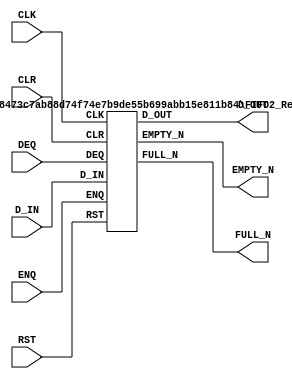

// Copyright (c) 2000-2012 Bluespec, Inc.

// Permission is hereby granted, free of charge, to any person obtaining a copy
// of this software and associated documentation files (the "Software"), to deal
// in the Software without restriction, including without limitation the rights
// to use, copy, modify, merge, publish, distribute, sublicense, and/or sell
// copies of the Software, and to permit persons to whom the Software is
// furnished to do so, subject to the following conditions:

// The above copyright notice and this permission notice shall be included in
// all copies or substantial portions of the Software.

// THE SOFTWARE IS PROVIDED "AS IS", WITHOUT WARRANTY OF ANY KIND, EXPRESS OR
// IMPLIED, INCLUDING BUT NOT LIMITED TO THE WARRANTIES OF MERCHANTABILITY,
// FITNESS FOR A PARTICULAR PURPOSE AND NONINFRINGEMENT. IN NO EVENT SHALL THE
// AUTHORS OR COPYRIGHT HOLDERS BE LIABLE FOR ANY CLAIM, DAMAGES OR OTHER
// LIABILITY, WHETHER IN AN ACTION OF CONTRACT, TORT OR OTHERWISE, ARISING FROM,
// OUT OF OR IN CONNECTION WITH THE SOFTWARE OR THE USE OR OTHER DEALINGS IN
// THE SOFTWARE.
//
// $Revision: 29755 $
// $Date: 2012-10-22 13:58:12 +0000 (Mon, 22 Oct 2012) $

`ifdef BSV_ASSIGNMENT_DELAY
`else
  `define BSV_ASSIGNMENT_DELAY
`endif

`ifdef BSV_POSITIVE_RESET
  `define BSV_RESET_VALUE 1'b1
  `define BSV_RESET_EDGE posedge
`else
  `define BSV_RESET_VALUE 1'b0
  `define BSV_RESET_EDGE negedge
`endif

`ifdef BSV_ASYNC_RESET
 `define BSV_ARESET_EDGE_META or `BSV_RESET_EDGE RST
`else
 `define BSV_ARESET_EDGE_META
`endif

`ifdef BSV_RESET_FIFO_HEAD
 `define BSV_ARESET_EDGE_HEAD `BSV_ARESET_EDGE_META
`else
 `define BSV_ARESET_EDGE_HEAD
`endif

// Depth 2 FIFO
module FIFO2(CLK,
             RST,
             D_IN,
             ENQ,
             FULL_N,
             D_OUT,
             DEQ,
             EMPTY_N,
             CLR);

   parameter width = 1;
   parameter guarded = 1;

   input     CLK ;
   input     RST ;
   input [width - 1 : 0] D_IN;
   input                 ENQ;
   input                 DEQ;
   input                 CLR ;

   output                FULL_N;
   output                EMPTY_N;
   output [width - 1 : 0] D_OUT;

   //
   // Pick the storage mechanism based on the FIFO's size.
   //
   generate
     if (width < 64)
       begin
          FIFO2_Reg#(.width(width), .guarded(guarded))
            fifo_reg(.CLK(CLK),
                     .RST(RST),
                     .D_IN(D_IN),
                     .ENQ(ENQ),
                     .FULL_N(FULL_N),
                     .D_OUT(D_OUT),
                     .DEQ(DEQ),
                     .EMPTY_N(EMPTY_N),
                     .CLR(CLR));
       end
     else
       begin
          FIFO2_LUTRAM#(.width(width), .guarded(guarded))
            fifo_lut(.CLK(CLK),
                     .RST(RST),
                     .D_IN(D_IN),
                     .ENQ(ENQ),
                     .FULL_N(FULL_N),
                     .D_OUT(D_OUT),
                     .DEQ(DEQ),
                     .EMPTY_N(EMPTY_N),
                     .CLR(CLR));
       end
   endgenerate

endmodule


//
// The original FIFO2 code using registers and a MUX.
//
module FIFO2_Reg(CLK,
                 RST,
                 D_IN,
                 ENQ,
                 FULL_N,
                 D_OUT,
                 DEQ,
                 EMPTY_N,
                 CLR);

   parameter width = 1;
   parameter guarded = 1;

   input     CLK ;
   input     RST ;
   input [width - 1 : 0] D_IN;
   input                 ENQ;
   input                 DEQ;
   input                 CLR ;

   output                FULL_N;
   output                EMPTY_N;
   output [width - 1 : 0] D_OUT;

   reg                    full_reg;
   reg                    empty_reg;
   reg [width - 1 : 0]    data0_reg;
   reg [width - 1 : 0]    data1_reg;

   assign                 FULL_N = full_reg ;
   assign                 EMPTY_N = empty_reg ;
   assign                 D_OUT = data0_reg ;


   // Optimize the loading logic since state encoding is not power of 2!
   wire                   d0di = (ENQ && ! empty_reg ) || ( ENQ && DEQ && full_reg ) ;
   wire                   d0d1 = DEQ && ! full_reg ;
   wire                   d0h = ((! DEQ) && (! ENQ )) || (!DEQ && empty_reg ) || ( ! ENQ &&full_reg) ;
   wire                   d1di = ENQ & empty_reg ;

`ifdef BSV_NO_INITIAL_BLOCKS
`else // not BSV_NO_INITIAL_BLOCKS
   // synopsys translate_off
   initial
     begin
        data0_reg   = {((width + 1)/2) {2'b10}} ;
        data1_reg  = {((width + 1)/2) {2'b10}} ;
        empty_reg = 1'b0;
        full_reg  = 1'b1;
     end // initial begin
   // synopsys translate_on
`endif // BSV_NO_INITIAL_BLOCKS

   always@(posedge CLK `BSV_ARESET_EDGE_META)
     begin
        if (RST == `BSV_RESET_VALUE)
          begin
             empty_reg <= `BSV_ASSIGNMENT_DELAY 1'b0;
             full_reg  <= `BSV_ASSIGNMENT_DELAY 1'b1;
          end // if (RST == `BSV_RESET_VALUE)
        else
          begin
             if (CLR)
               begin
                  empty_reg <= `BSV_ASSIGNMENT_DELAY 1'b0;
                  full_reg  <= `BSV_ASSIGNMENT_DELAY 1'b1;
               end // if (CLR)
             else if ( ENQ && ! DEQ ) // just enq
               begin
                  empty_reg <= `BSV_ASSIGNMENT_DELAY 1'b1;
                  full_reg <= `BSV_ASSIGNMENT_DELAY ! empty_reg ;
               end
             else if ( DEQ && ! ENQ )
               begin
                  full_reg  <= `BSV_ASSIGNMENT_DELAY 1'b1;
                  empty_reg <= `BSV_ASSIGNMENT_DELAY ! full_reg;
               end // if ( DEQ && ! ENQ )
          end // else: !if(RST == `BSV_RESET_VALUE)

     end // always@ (posedge CLK or `BSV_RESET_EDGE RST)


   always@(posedge CLK `BSV_ARESET_EDGE_HEAD)
     begin
`ifdef BSV_RESET_FIFO_HEAD
        if (RST == `BSV_RESET_VALUE)
          begin
             data0_reg <= `BSV_ASSIGNMENT_DELAY {width {1'b0}} ;
             data1_reg <= `BSV_ASSIGNMENT_DELAY {width {1'b0}} ;
          end
        else
`endif
          begin
             data0_reg  <= `BSV_ASSIGNMENT_DELAY
                           {width{d0di}} & D_IN | {width{d0d1}} & data1_reg | {width{d0h}} & data0_reg ;
             data1_reg <= `BSV_ASSIGNMENT_DELAY
                          d1di ? D_IN : data1_reg ;
          end // else: !if(RST == `BSV_RESET_VALUE)
     end // always@ (posedge CLK or `BSV_RESET_EDGE RST)



   // synopsys translate_off
   always@(posedge CLK)
     begin: error_checks
        reg deqerror, enqerror ;

        deqerror =  0;
        enqerror = 0;
        if (RST == ! `BSV_RESET_VALUE)
          begin
             if ( ! empty_reg && DEQ )
               begin
                  deqerror =  1;
                  $display( "Warning: FIFO2: %m -- Dequeuing from empty fifo" ) ;
               end
             if ( ! full_reg && ENQ && (!DEQ || guarded) )
               begin
                  enqerror = 1;
                  $display( "Warning: FIFO2: %m -- Enqueuing to a full fifo" ) ;
               end
          end
     end // always@ (posedge CLK)
   // synopsys translate_on

endmodule


//
// FIFO2 implementation using LUTRAM for storage.
//
module FIFO2_LUTRAM(CLK,
                    RST,
                    D_IN,
                    ENQ,
                    FULL_N,
                    D_OUT,
                    DEQ,
                    EMPTY_N,
                    CLR);

   parameter width = 1;
   parameter guarded = 1;

   input     CLK ;
   input     RST ;
   input [width - 1 : 0] D_IN;
   input                 ENQ;
   input                 DEQ;
   input                 CLR ;

   output                FULL_N;
   output                EMPTY_N;
   output [width - 1 : 0] D_OUT;
     
   // synthesis attribute ram_style of data is distributed
   reg [width - 1 : 0] data[0 : 1] /* synthesis ramstyle = "MLAB, no_rw_check" */;

   reg wr_idx;
   reg rd_idx;

   reg [1 : 0] valid_cnt;
   reg [1 : 0] valid_cnt_next;

   assign D_OUT = data[rd_idx];

   reg    full_reg;
   reg    empty_reg;
   assign FULL_N = full_reg ;
   assign EMPTY_N = empty_reg ;

   // Write pointer advances on ENQ
   always@(posedge CLK `BSV_ARESET_EDGE_META)
     begin
        if ((RST == `BSV_RESET_VALUE) || CLR)
          begin
             wr_idx <= `BSV_ASSIGNMENT_DELAY 1'b0;
          end
        else if (ENQ)
          begin
             data[wr_idx] <= `BSV_ASSIGNMENT_DELAY D_IN;
             wr_idx <= `BSV_ASSIGNMENT_DELAY ~wr_idx;
          end
     end

   // Read pointer advances on DEQ
   always@(posedge CLK `BSV_ARESET_EDGE_META)
     begin
        if ((RST == `BSV_RESET_VALUE) || CLR)
          begin
             rd_idx <= `BSV_ASSIGNMENT_DELAY 1'b0;
          end
        else if (DEQ)
          begin
             rd_idx <= `BSV_ASSIGNMENT_DELAY ~rd_idx;
          end
     end

   // Update count of live values
   always@(posedge CLK `BSV_ARESET_EDGE_META)
     begin
        if ((RST == `BSV_RESET_VALUE) || CLR)
          begin
             valid_cnt <= `BSV_ASSIGNMENT_DELAY 2'd0;
             full_reg <= `BSV_ASSIGNMENT_DELAY 1'b1;
             empty_reg <= `BSV_ASSIGNMENT_DELAY 1'b0;
          end
        else
          begin
             valid_cnt <= `BSV_ASSIGNMENT_DELAY valid_cnt_next;
             full_reg <= `BSV_ASSIGNMENT_DELAY (valid_cnt_next != 2'd2);
             empty_reg <= `BSV_ASSIGNMENT_DELAY (valid_cnt_next != 2'd0);
          end
     end

   always@(*)
     begin
        valid_cnt_next = valid_cnt;

        if (DEQ && ! ENQ)
          begin
             valid_cnt_next = valid_cnt_next - 2'd1;
          end
        else if (ENQ && ! DEQ)
          begin
             valid_cnt_next = valid_cnt_next + 2'd1;
          end
     end

   // synopsys translate_off
   always@(posedge CLK)
     begin: error_checks
        reg deqerror, enqerror ;

        deqerror =  0;
        enqerror = 0;
        if (RST == ! `BSV_RESET_VALUE)
          begin
             if ( ! empty_reg && DEQ )
               begin
                  deqerror =  1;
                  $display( "Warning: FIFO2: %m -- Dequeuing from empty fifo" ) ;
               end
             // Altera MLAB doesn't guarantee read before write.  This test
             // is more stringent than FIFO2_Reg.
             if ( ! full_reg && ENQ )
               begin
                  enqerror = 1;
                  $display( "Warning: FIFO2: %m -- Enqueuing to a full fifo" ) ;
               end
          end
     end // always@ (posedge CLK)
   // synopsys translate_on

endmodule // qa_drv_prim_fifo_lutram